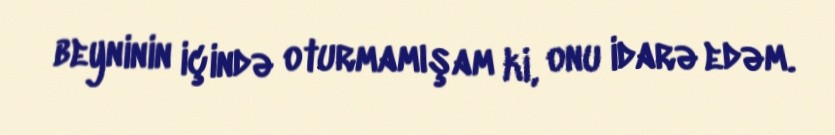
beyninin içində oturmamışam ki, onu idarə edəm.